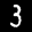
Label: 3